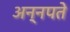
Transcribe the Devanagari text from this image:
अन्नपते